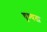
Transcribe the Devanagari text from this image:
घृण्यता